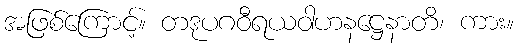
အဖြစ်ကြောင့်။ တဒုပဂဝီရယဝါဟနဋ္ဌေနာတိ၊ ကား။